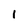
Character: 1